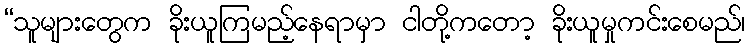
“သူများတွေက ခိုးယူကြမည့်နေရာမှာ ငါတို့ကတော့ ခိုးယူမှုကင်းစေမည်၊